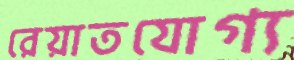
রেয়াতযোগ্য